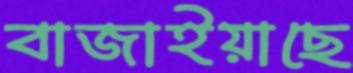
বাজাইয়াছে